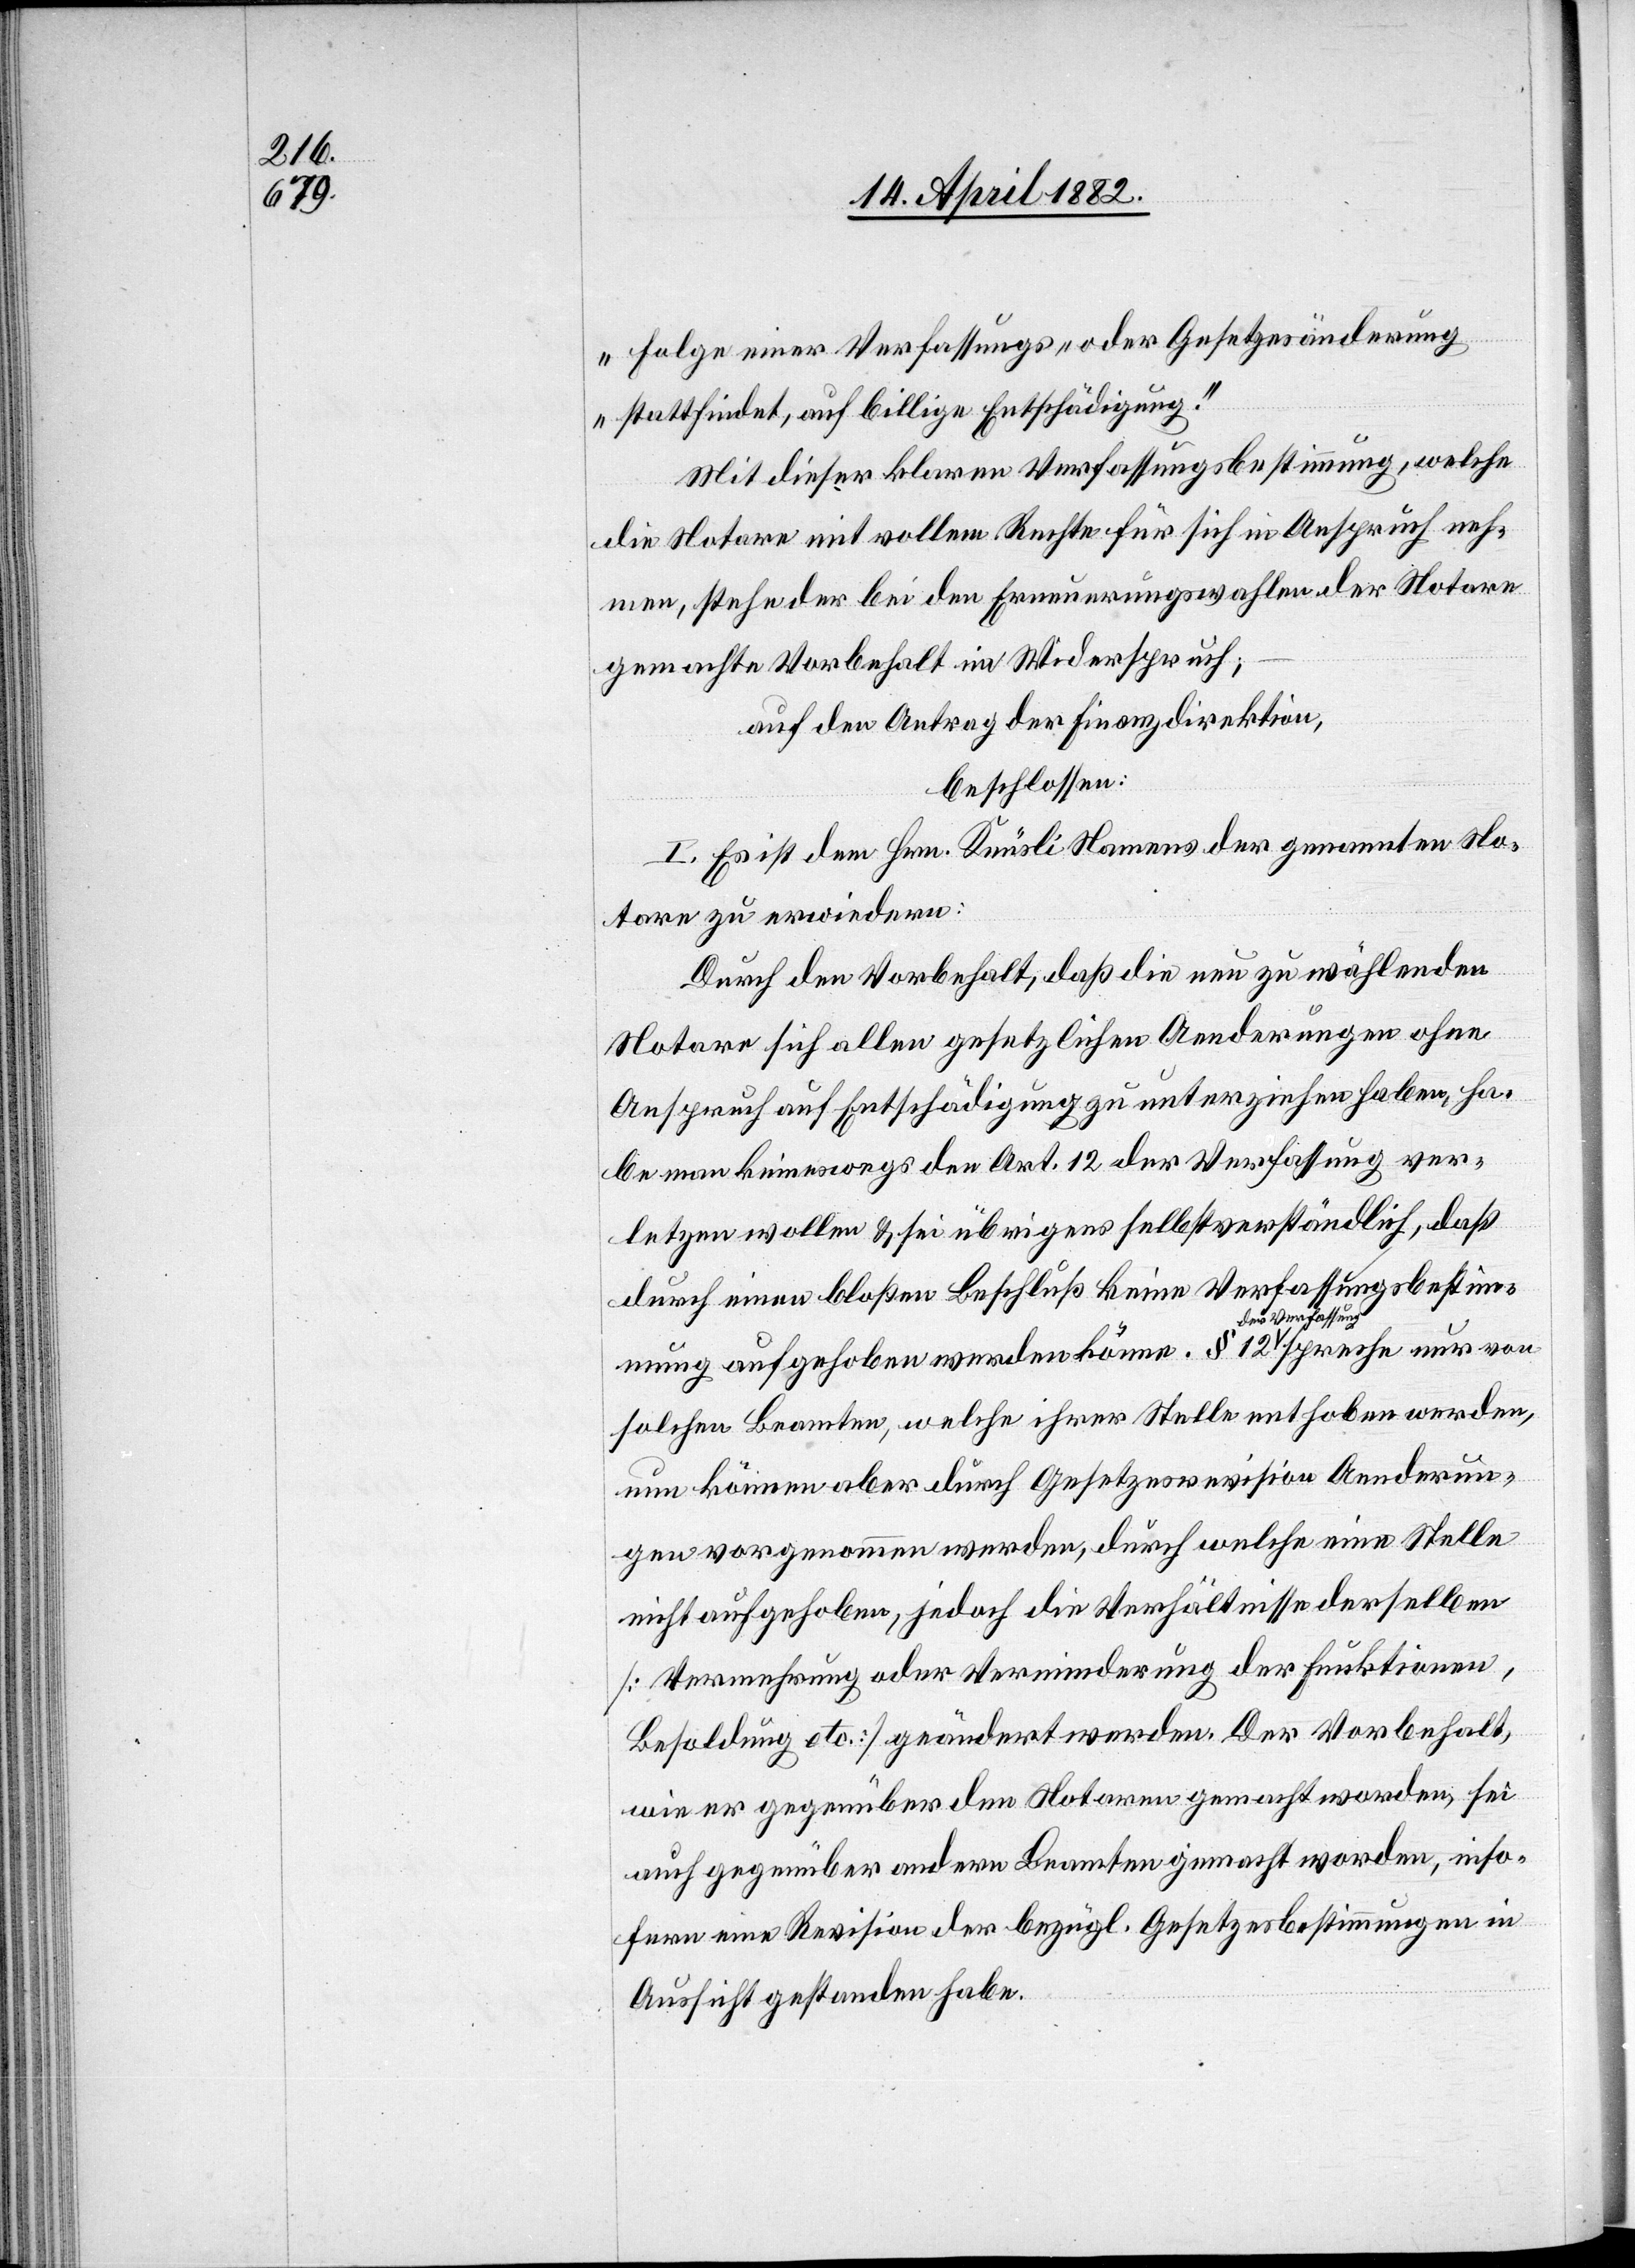
Folge einer Verfassungs- oder Gesetzesänderung
stattfindet, auf billige Entschädigung.“
Mit dieser klaren Verfassungsbestimmung, welche
die Notare mit vollem Rechte für sich in Anspruch neh¬
men, stehe der bei den Erneuerungswahlen der Notare
gemachte Vorbehalt im Widerspruch;
auf den Antrag der Finanzdirektion,
beschlossen:
I. Es ist dem Hrn. Knüsli Namens der genannten No¬
tare zu erwiedern:
Durch den Vorbehalt, daß die neu zu wählenden
Notare sich allen gesetzlichen Aenderungen ohne
Anspruch auf Entschädigung zu unterziehen haben, ha¬
be man keineswegs den Art. 12 der Verfassung ver¬
letzen wollen & sei übrigens selbstverständlich, daß
durch einen bloßen Beschluß keine Verfassungsbestim¬
mung aufgehoben werden könne. § 12 der Verfassung spreche nur von
solchen Beamten, welche ihrer Stelle enthoben werden,
nun können aber durch Gesetzesrevision Aenderun¬
gen vorgenommen werden, durch welche eine Stelle
nicht aufgehoben, jedoch die Verhältnisse derselben
[Vermehrung oder Verminderung der Funktionen,
Besoldung etc.] geändert werden. Der Vorbehalt,
wie er gegenüber den Notaren gemacht worden, sei
auch gegenüber andern Beamten gemacht worden, inso¬
fern eine Revision der bezügl. Gesetzesbestimmungen in
Aussicht gestanden habe.